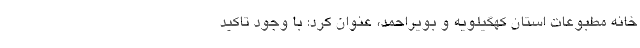
خانه مطبوعات استان کهگیلویه و بویراحمد، عنوان کرد: با وجود تاکید